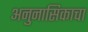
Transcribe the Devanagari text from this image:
अनुनासिकाचा